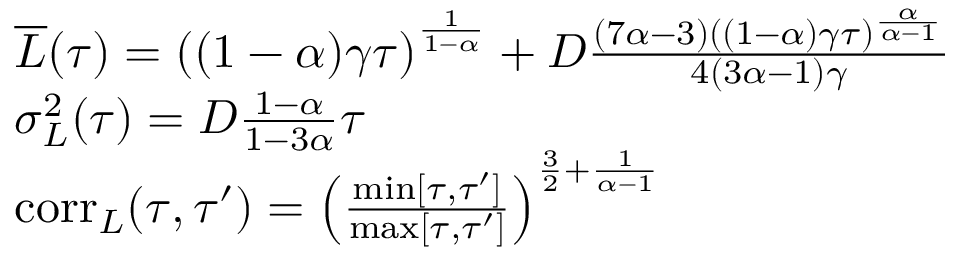
\begin{array} { r l } & { \overline { { L } } ( \tau ) = \left( ( 1 - \alpha ) \gamma \tau \right) ^ { \frac { 1 } { 1 - \alpha } } + D \frac { ( 7 \alpha - 3 ) ( ( 1 - \alpha ) \gamma \tau ) ^ { \frac { \alpha } { \alpha - 1 } } } { 4 ( 3 \alpha - 1 ) \gamma } } \\ & { \sigma _ { L } ^ { 2 } ( \tau ) = D \frac { 1 - \alpha } { 1 - 3 \alpha } \tau } \\ & { \mathrm { c o r r } _ { L } ( \tau , \tau ^ { \prime } ) = \left( \frac { \operatorname* { m i n } [ \tau , \tau ^ { \prime } ] } { \operatorname* { m a x } [ \tau , \tau ^ { \prime } ] } \right) ^ { \frac { 3 } { 2 } + \frac { 1 } { \alpha - 1 } } } \end{array}